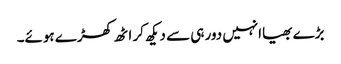
بڑے بھیاانہیں دور ہی سے دیکھ کر اٹھ کھڑے ہوئے۔